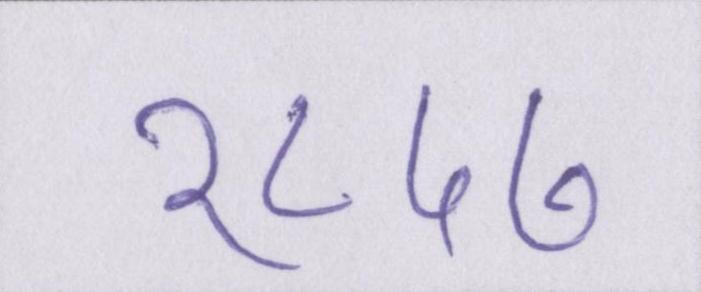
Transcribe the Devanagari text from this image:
१८५७